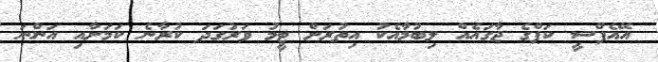
އޭއެފްސީ ކަޕްގެ ޖާގައެއް ލިބުމާއެކު އިތުރަށް ޓީމު ވަރުގަދަ ކުރާނެ ކަމަށާއި އަންނަ